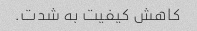
کاهش کیفیت به شدت.